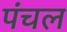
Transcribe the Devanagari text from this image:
पंचल